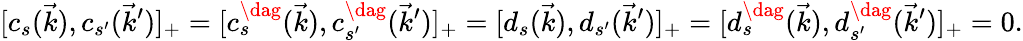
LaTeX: [c_{s}(\vec{k}),c_{s^{\prime}}(\vec{k}^{\prime})]_{+}=[c_{s}^{\dag}(\vec{k}),c_{s^{\prime}}^{\dag}(\vec{k}^{\prime})]_{+}=[d_{s}(\vec{k}),d_{s^{\prime}}(\vec{k}^{\prime})]_{+}=[d_{s}^{\dag}(\vec{k}),d_{s^{\prime}}^{\dag}(\vec{k}^{\prime})]_{+}=0.